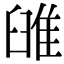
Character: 𨾹